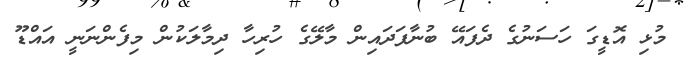
މުޅި އޮޑީގަ ހަސަނުގެ ދެފައޭ ބުނާފަދައިން މާލޭގެ ހުރިހާ ދިމާލަކުން މިފެންނަނީ އައްޑޫ